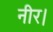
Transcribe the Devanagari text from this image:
नीर।